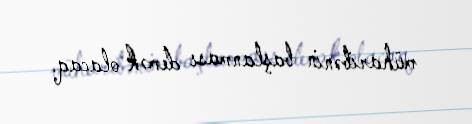
müharibənin başlanması demək olacaq.